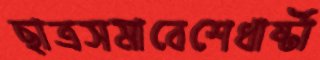
ছাত্রসমাবেশেধার্ষ্টা